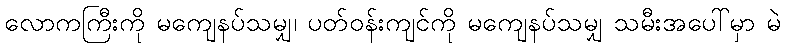
လောကကြီးကို မကျေနပ်သမျှ၊ ပတ်ဝန်းကျင်ကို မကျေနပ်သမျှ သမီးအပေါ်မှာ မဲ